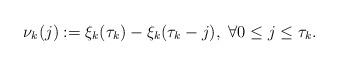
LaTeX: \begin{align*}\nu_k(j):=\xi_k(\tau_k)-\xi_k(\tau_k-j), \ \forall 0\leq j\leq \tau_k.\end{align*}